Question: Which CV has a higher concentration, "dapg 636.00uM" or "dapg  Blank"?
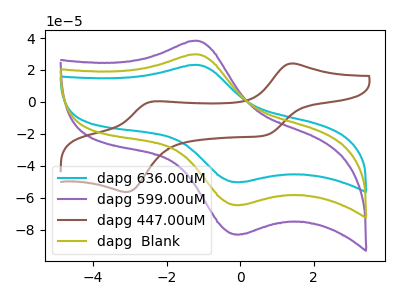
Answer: <think>The cyan curve "dapg 636.00uM" has an anodic peak at (-1.15V, 23.15uA) and a cathodic peak at (0.00V, -50.20uA). The purple curve "dapg 599.00uM" has an anodic peak at (-1.15V, 59.45uA) and a cathodic peak at (0.00V, -129.00uA). The brown curve "dapg 447.00uM" has anodic peaks at (1.40V, 24.05uA) (-2.35V, 0.35uA) and cathodic peaks at (0.70V, -20.85uA) (-3.10V, -56.40uA). The olive curve "dapg  Blank" has an anodic peak at (-1.15V, 29.75uA) and a cathodic peak at (0.00V, -64.50uA).
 All the peaks in "dapg 636.00uM" have a peak in "dapg  Blank" at the same potential. Every peak in "dapg 636.00uM" is lower than every peak in "dapg  Blank".</think>
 <answer>"dapg 636.00uM" has less signal than "dapg  Blank" and so likely has a lower concentration.</answer>
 <eval>less_concentration</eval>